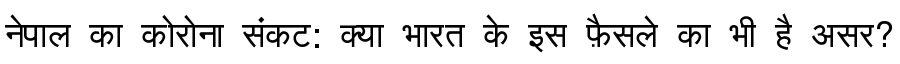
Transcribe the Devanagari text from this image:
नेपाल का कोरोना संकट: क्या भारत के इस फ़ैसले का भी है असर?